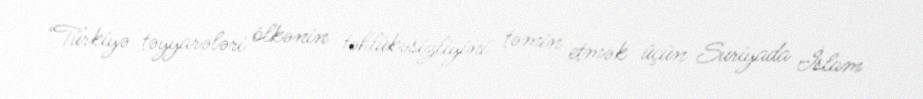
“Türkiyə təyyarələri ölkənin təhlükəsizliyini təmin etmək üçün Suriyada İslam